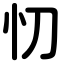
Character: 忉